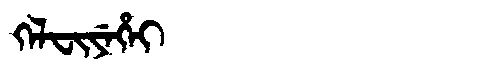
Manchu: ᡴᡝᠯᠸᡳᠶᡝᡥᡝᡳ
Romanization: KELFIYEHEI